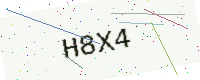
Text: H8X4